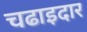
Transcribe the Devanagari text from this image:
चढाइदार